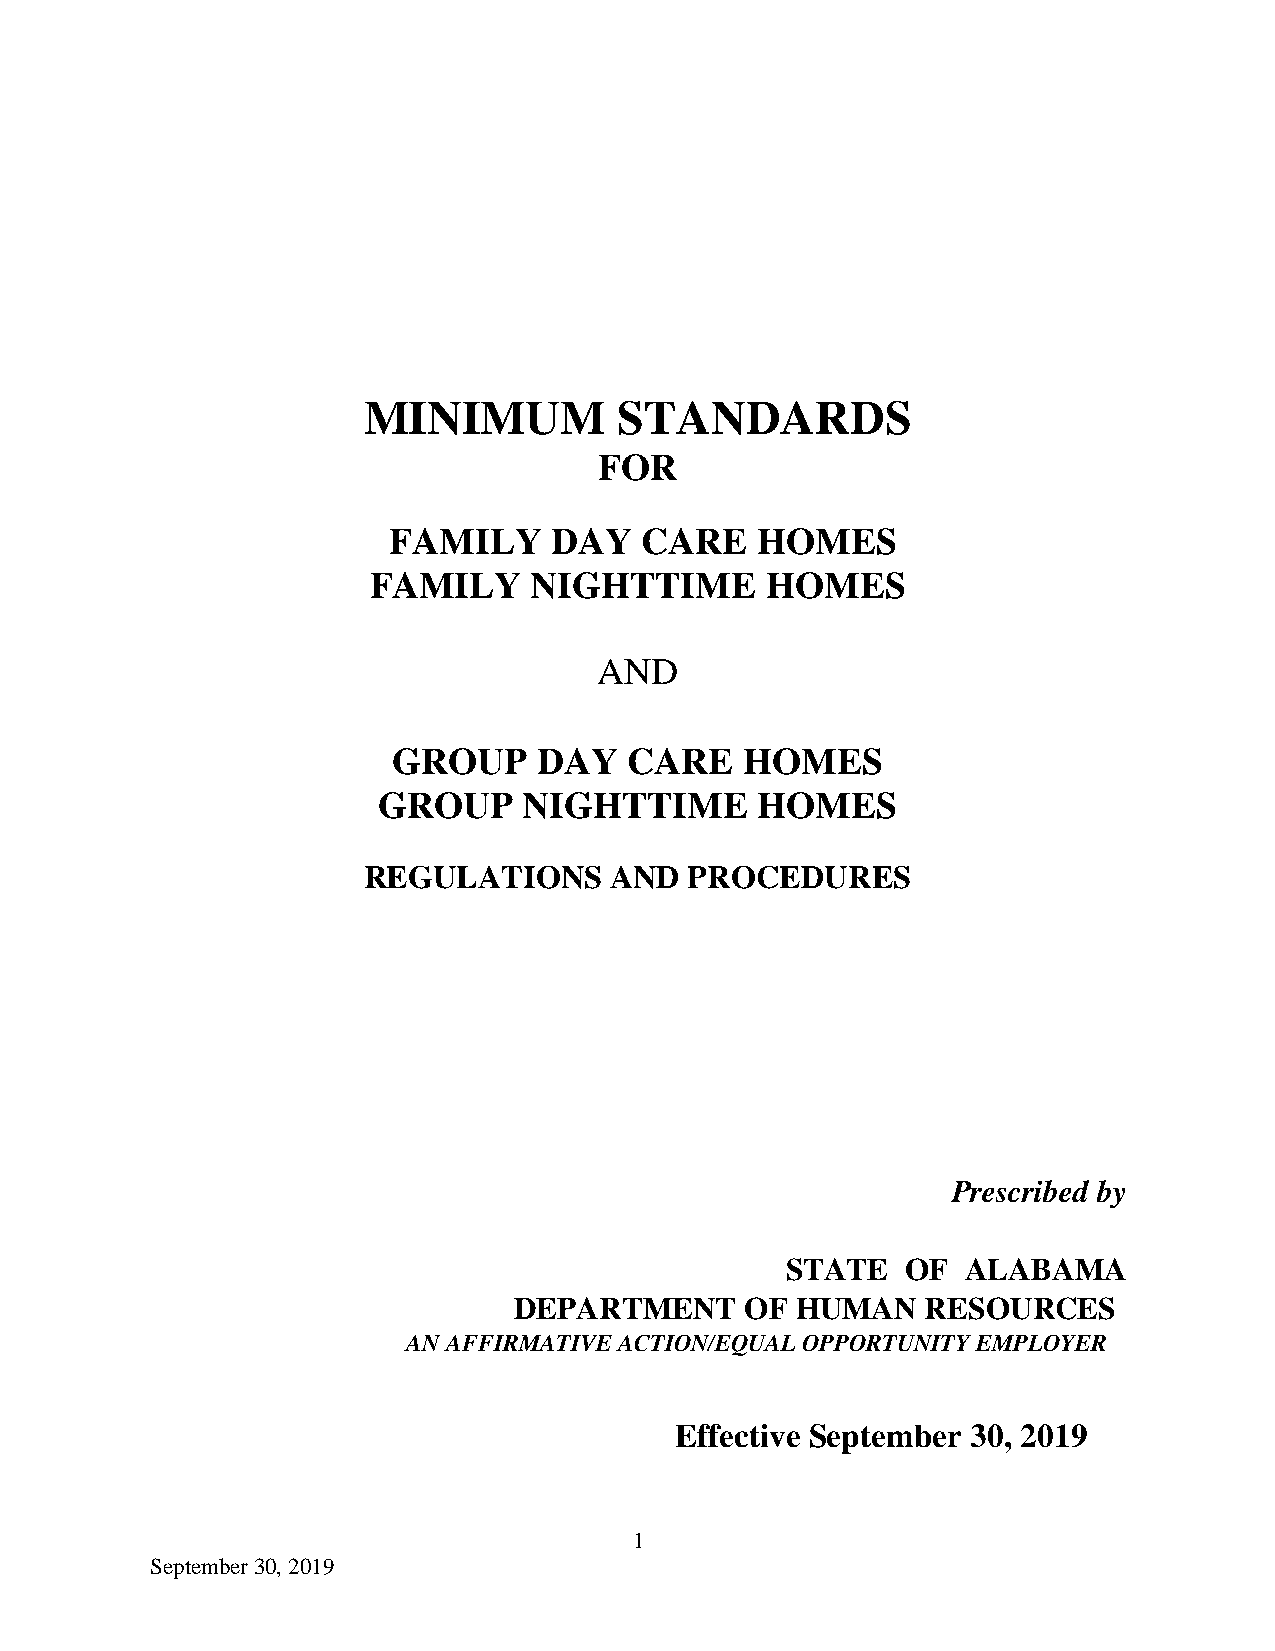
MINIMUM          STANDARDS
 FOR
 FAMILY    DAY   CARE    HOMES
 FAMILY     NIGHTTIME       HOMES
 AND
 GROUP     DAY   CARE   HOMES
 GROUP     NIGHTTIME      HOMES
 REGULATIONS     AND   PROCEDURES
 Prescribed by
 STATE   OF  ALABAMA
 DEPARTMENT     OF  HUMAN   RESOURCES
 AN AFFIRMATIVE ACTION/EQUAL OPPORTUNITY EMPLOYER
 Effective September 30, 2019
 1
 September 30, 2019